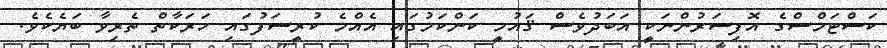
ކަސްޓަމްސްގެ އޮފިސަރުންނަކީ އަބަދުވެސް ޤައުމީ ކަންކަމުގައި އެއްމެ ކުރީސަފުގައި ހަރަކާތް ތެރިވާ ބަޔެކެވެ.